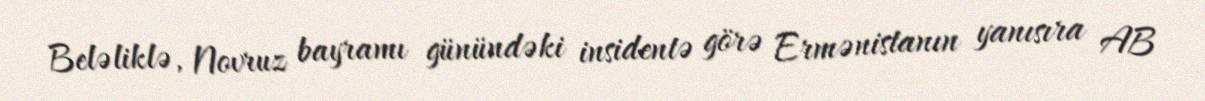
Beləliklə, Novruz bayramı günündəki insidentə görə Ermənistanın yanısıra AB